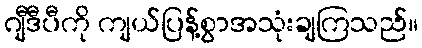
ဂျီဒီပီကို ကျယ်ပြန့်စွာအသုံးချကြသည်။